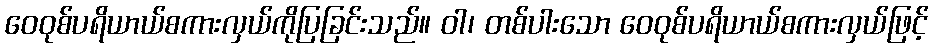
ဝေဝုစ်ပရိယာယ်စကားလှယ်ကိုပြခြင်းသည်။ ဝါ၊ တစ်ပါးသော ဝေဝုစ်ပရိယာယ်စကားလှယ်ဖြင့်